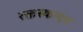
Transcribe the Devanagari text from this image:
रक्तस्कन्दन